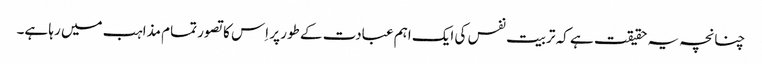
چنانچہ یہ حقیقت ہے کہ تربیت نفس کی ایک اہم عبادت کے طور پر اِس کا تصور تمام مذاہب میں رہا ہے۔